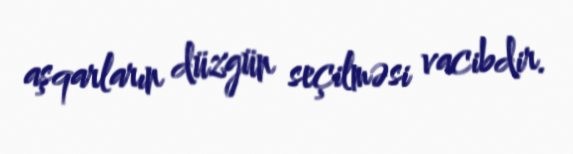
aşqarların düzgün seçilməsi vacibdir.